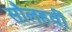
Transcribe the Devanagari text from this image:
सौलहवीं